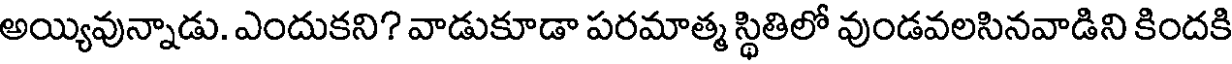
అయ్యివున్నాడు. ఎందుకని? వాడుకూడా పరమాత్మ స్థితిలో వుండవలసినవాడిని కిందకి